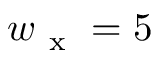
w _ { \mathrm { ~ x ~ } } = 5